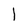
Character: I